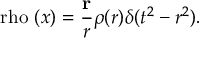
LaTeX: \mathrm { \boldmath ~ \ r h o ~ } ( x ) = \frac { { \bf r } } { r } \rho ( r ) \delta ( t ^ { 2 } - r ^ { 2 } ) .